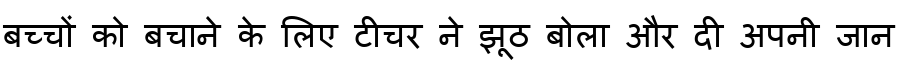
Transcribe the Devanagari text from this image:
बच्चों को बचाने के लिए टीचर ने झूठ बोला और दी अपनी जान